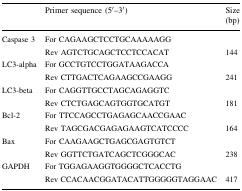
|  | Primer sequence (5′–3′) | Size (bp) |
 | --- | --- | --- |
 | <ROWSPAN=2> Caspase 3 | For CAGAAGCTCCTGCAAAAAGG |  |
 | Rev AGTCTGCAGCTCCTCCACAT | 144 |
 | <ROWSPAN=2> LC3-alpha | For GCCTGTCCTGGATAAGACCA |  |
 | Rev CTTGACTCAGAAGCCGAAGG | 241 |
 | <ROWSPAN=2> LC3-beta | For CAGGTTGCCTAGCAGAGGTC |  |
 | Rev CTCTGAGCAGTGGTGCATGT | 181 |
 | <ROWSPAN=2> Bcl-2 | For TTCCAGCCTGAGAGCAACCGAAC |  |
 | Rev TAGCGACGAGAGAAGTCATCCCC | 164 |
 | <ROWSPAN=2> Bax | For CAAGAAGCTGAGCGAGTGTCT |  |
 | Rev GGTTCTGATCAGCTCGGGCAC | 238 |
 | <ROWSPAN=2> GAPDH | For TGGAGAAGGTGGGGCTCACCTG |  |
 | Rev CCACAACGGATACATTGGGGGTAGGAAC | 417 |